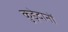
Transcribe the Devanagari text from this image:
कुड़ेदानों